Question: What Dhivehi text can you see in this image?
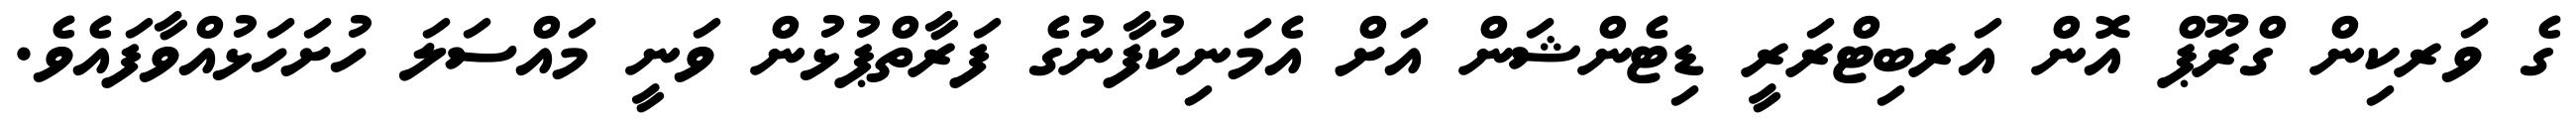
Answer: ގެ ވަރކިން ގްރޫޕް އޮން އަރބިޓްރަރީ ޑިޓެންޝަން އަށް އެމަނިކުފާނުގެ ފަރާތްޕުޅުން ވަނީ މައްސަލަ ހުށަހަޅުއްވާފައެވެ.